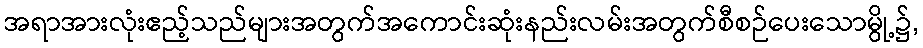
အရာအားလုံးဧည့်သည်များအတွက်အကောင်းဆုံးနည်းလမ်းအတွက်စီစဉ်ပေးသောမွို့၌,